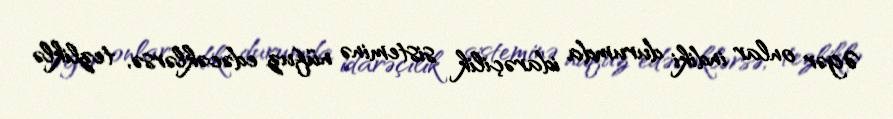
Əgər onlar indiki durumda idarəçilik sisteminə nüfuz edəcəklərsə, tezliklə